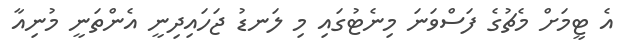
އެ ޓީމަށް މެޗުގެ ފަސްވަނަ މިނެޓުގައި މި ލަނޑު ޖަހައިދިނީ އެންތަނީ މުނިއާ